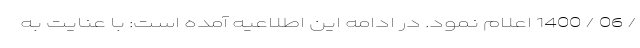
/ 06 / 1400 اعلام نمود. در ادامه این اطلاعیه آمده است: با عنایت به